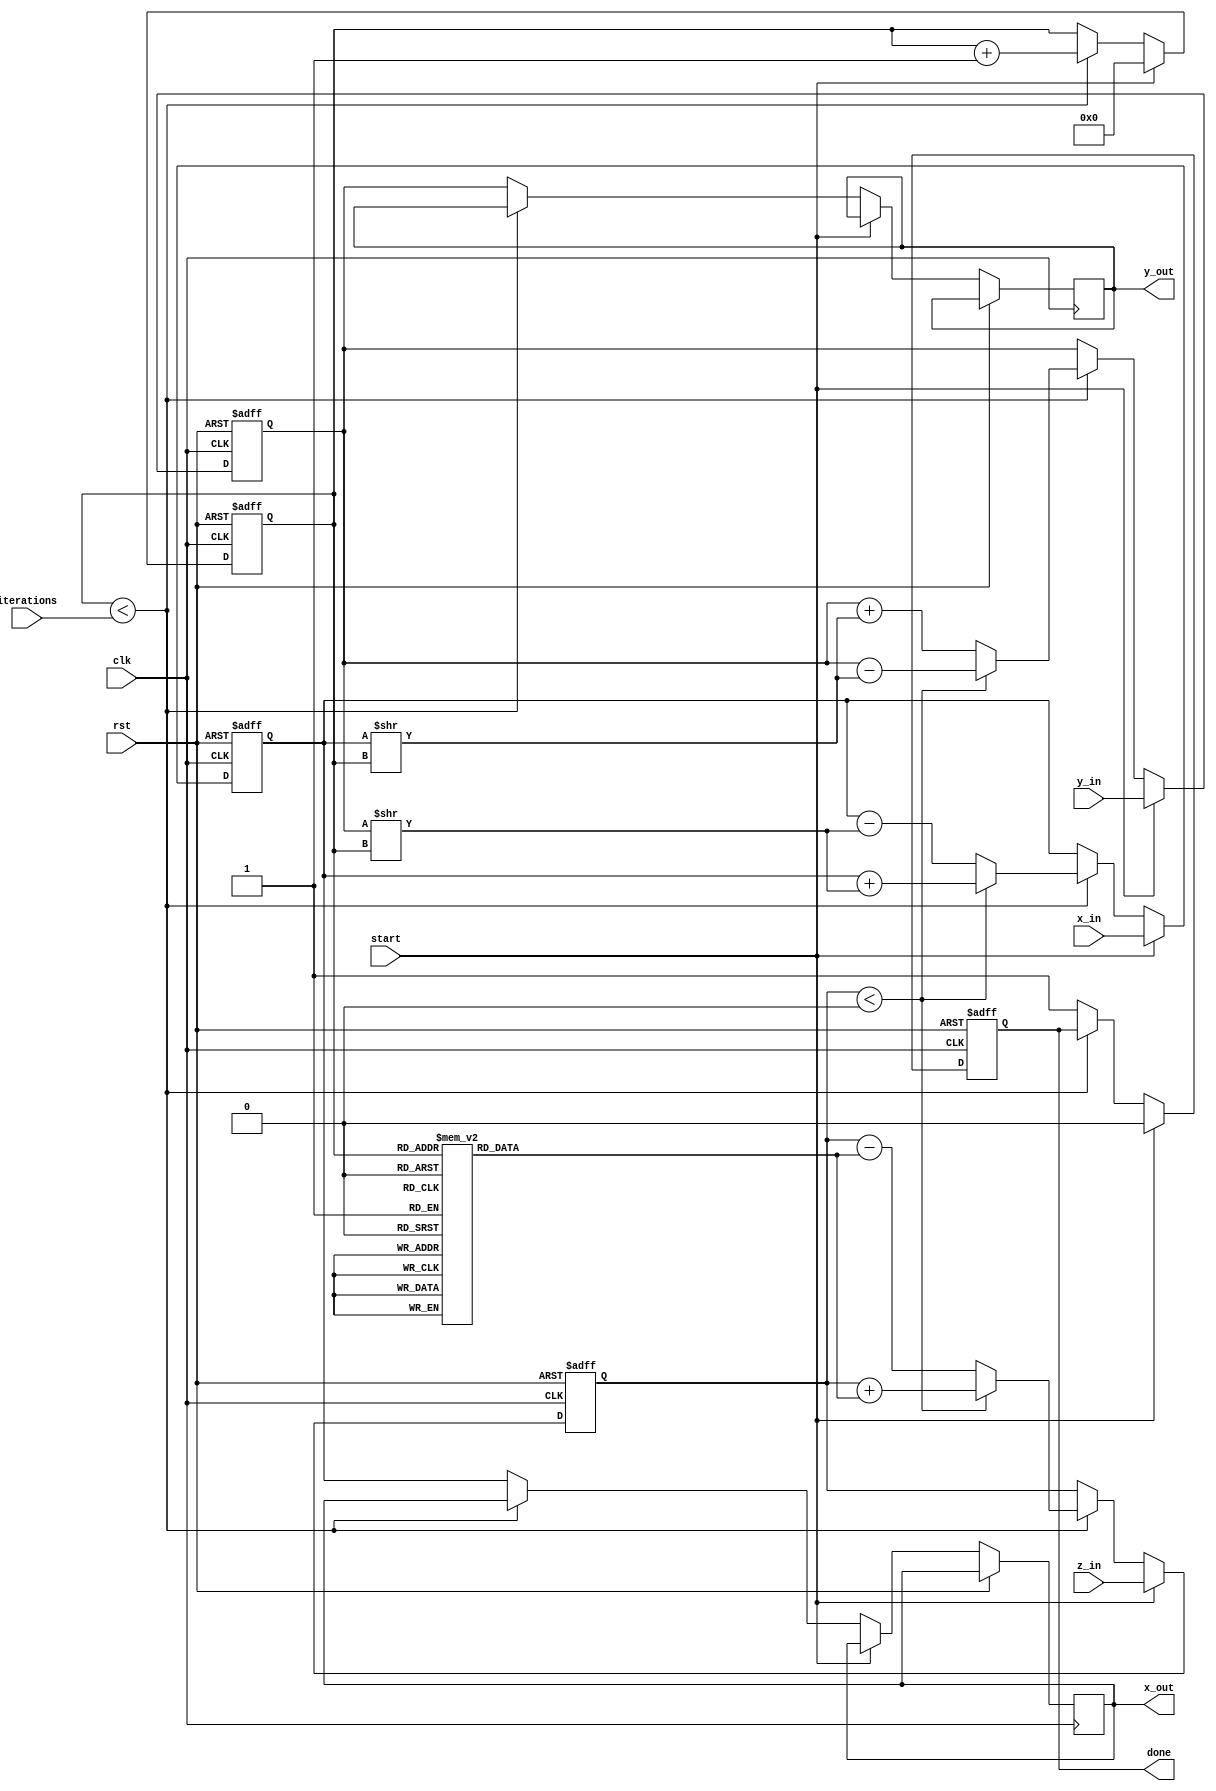
module cordic_2d (
    input wire clk,
    input wire rst,
    input wire start,
    input wire [15:0] x_in,      // Input x
    input wire [15:0] y_in,      // Input y
    input wire [15:0] z_in,      // Input angle in radians (fixed-point)
    input wire [3:0] iterations,  // Number of iterations
    output reg [15:0] x_out,     // Output x
    output reg [15:0] y_out,     // Output y
    output reg done              // Done signal
);

    // CORDIC parameters
    reg [15:0] angle_table [0:15]; // Angle lookup table (for 16 iterations)
    reg [3:0] count;                // Iteration counter
    reg [15:0] x, y, z;             // Internal registers for x, y, z
    reg [15:0] x_temp, y_temp;      // Temporary registers for calculations

    // Initialize angle lookup table
    initial begin
        angle_table[0] = 16'h0000; // atan(0)
        angle_table[1] = 16'h2000; // atan(1/2^1)
        angle_table[2] = 16'h1400; // atan(1/2^2)
        angle_table[3] = 16'h0A00; // atan(1/2^3)
        angle_table[4] = 16'h0500; // atan(1/2^4)
        angle_table[5] = 16'h0280; // atan(1/2^5)
        angle_table[6] = 16'h0140; // atan(1/2^6)
        angle_table[7] = 16'h00A0; // atan(1/2^7)
        angle_table[8] = 16'h0050; // atan(1/2^8)
        angle_table[9] = 16'h0028; // atan(1/2^9)
        angle_table[10] = 16'h0014; // atan(1/2^10)
        angle_table[11] = 16'h000A; // atan(1/2^11)
        angle_table[12] = 16'h0005; // atan(1/2^12)
        angle_table[13] = 16'h0002; // atan(1/2^13)
        angle_table[14] = 16'h0001; // atan(1/2^14)
        angle_table[15] = 16'h0000; // atan(1/2^15)
    end

    // Control unit and iteration process
    always @(posedge clk or posedge rst) begin
        if (rst) begin
            x <= 0;
            y <= 0;
            z <= 0;
            count <= 0;
            done <= 0;
        end else if (start) begin
            x <= x_in;
            y <= y_in;
            z <= z_in;
            count <= 0;
            done <= 0;
        end else if (count < iterations) begin
            if (z < 0) begin
                // Rotate clockwise
                x_temp = x + (y >> count);
                y_temp = y - (x >> count);
                z = z + angle_table[count];
            end else begin
                // Rotate counterclockwise
                x_temp = x - (y >> count);
                y_temp = y + (x >> count);
                z = z - angle_table[count];
            end
            x <= x_temp;
            y <= y_temp;
            count <= count + 1;
        end else begin
            // Finished processing
            x_out <= x;
            y_out <= y;
            done <= 1;
        end
    end
endmodule